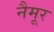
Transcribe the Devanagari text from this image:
नैमूर